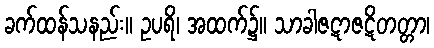
ခက်ထန်သနည်း။ ဥပရိ၊ အထက်၌။ သာခါဇဋာဇဋိတတ္တာ၊